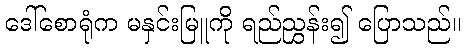
ဒေါ်စောရုံက မနှင်းမြူကို ရည်ညွှန်း၍ ပြောသည်။